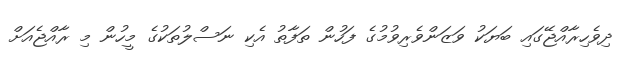
ދިވެހިރާއްޖޭގައި ބަޔަކު ވަޒަންވެރިވުމުގެ ފަހުން ތަފާތު އެކި ނަސްލުތަކުގެ މީހުން މި ރާއްޖެއަށް